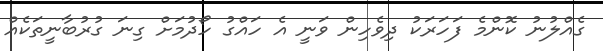
ގެއްލުނު ކޮންމެ ފަހަރަކު ދިވެހިން ވަނީ އެ ހައްގު ހޯދުމަށް ގިނަ ގުރުބާނީތަކެއް